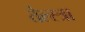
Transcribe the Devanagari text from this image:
तेल्स्त्रा